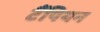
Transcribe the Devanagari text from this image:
टैंपियन